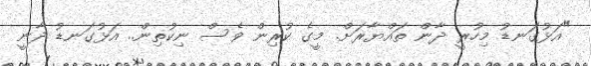
"އަޅުގަނޑު މިހުރީ ދާން ތައްޔާރަށް. މީގެ ކުރިން ވެސް ނިކުތިން.. އަޅުގަނޑު ދާނީ